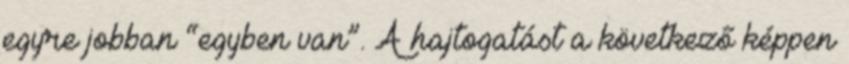
egyre jobban “egyben van”. A hajtogatást a következő képpen